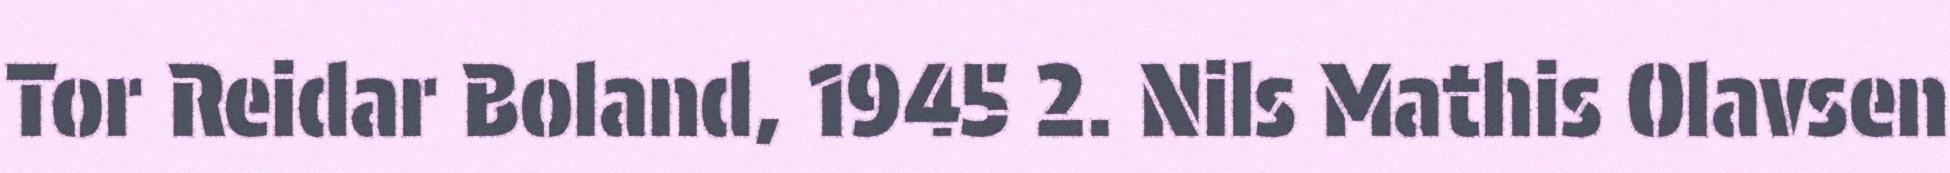
Tor Reidar Boland, 1945 2. Nils Mathis Olavsen